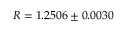
R = 1 . 2 5 0 6 \pm 0 . 0 0 3 0